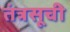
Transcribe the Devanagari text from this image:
तंत्रसूची